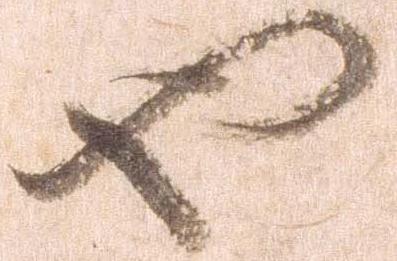
也